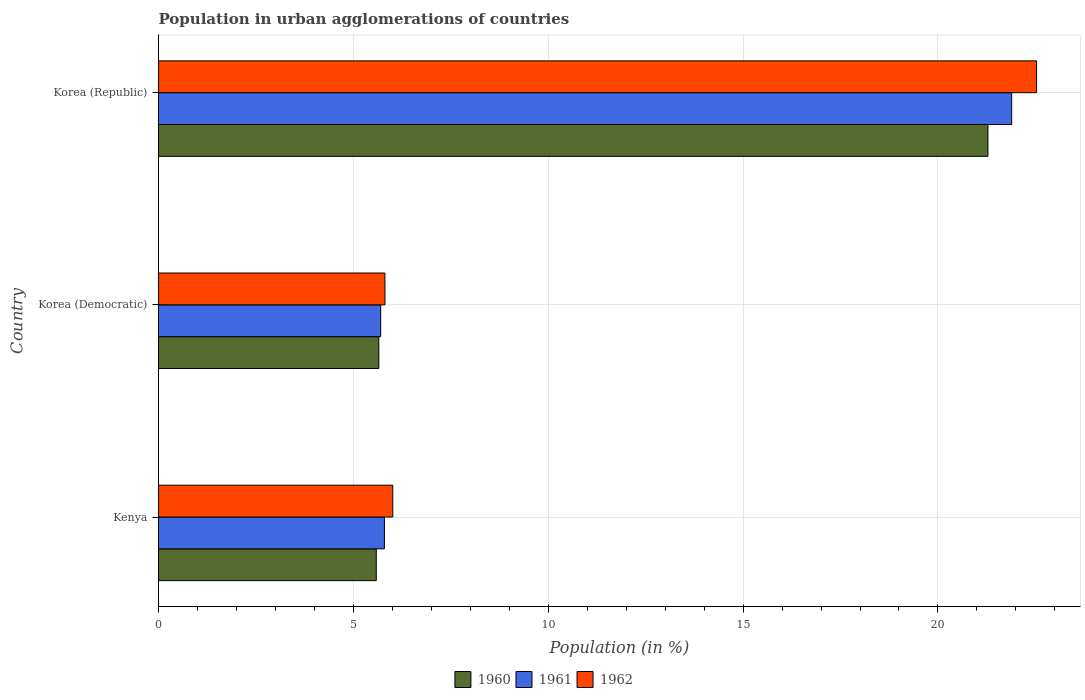
| Country | 1960 | 1961 | 1962 |
 | --- | --- | --- | --- |
 | Kenya | 5.59 | 5.8 | 6.01 |
 | Korea (Democratic) | 5.65 | 5.7 | 5.81 |
 | Korea (Republic) | 21.3 | 21.9 | 22.5 |